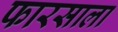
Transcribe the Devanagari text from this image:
फारसाला